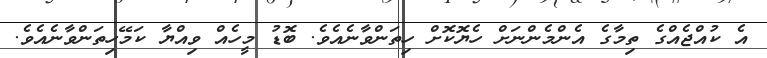
އެ ކުއްޖެއްގެ ތިމާގެ އެންމެންނަށް ހެޔޮކޮށް ހިތަންވާނެއެވެ. ބޮޑު މީހެއް ވިއްޔާ ކަމޭހިތަންވާނެއެވެ.